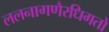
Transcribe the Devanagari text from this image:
ललनागणैरधिगतो